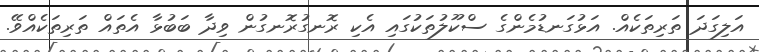
އަލިގަދަ ތަރިތަކެއް. އަޅުގަނޑުމެންގެ ސްކޫލުތަކުގައި އެކި ރޮނގުރޮނގުން ވިދާ ބަބުޅާ އެތައް ތަރިތަކެއްވޭ.